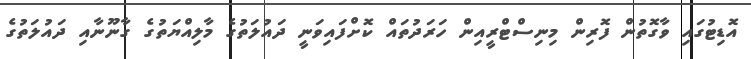
އޮޑިޓުގައި ވާގޮތުން ފޮރިން މިނިސްޓްރީއިން ހަރަދުތައް ކޮށްފައިވަނީ ދައުލަތުގެ މާލިއްޔަތުގެ ގާނޫނާއި ދައުލަތުގެ